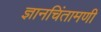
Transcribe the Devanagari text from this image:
ज्ञानचिंतामणी